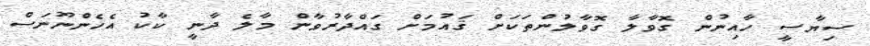
ސިޔާސީ ހާއިނުން ގޮވާލާ ގޮވާލުންތަކަށް ޤައުމަށް ގައްދާރުވާން މާލެ ދާނީ ކާކު އެހެންނޫނަސް